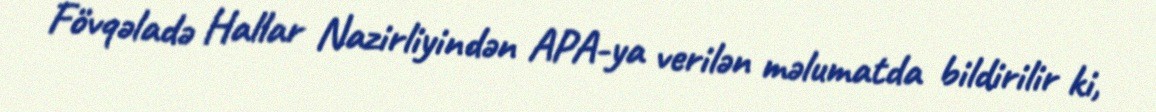
Fövqəladə Hallar Nazirliyindən APA-ya verilən məlumatda bildirilir ki,